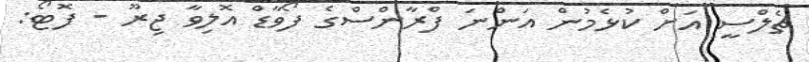
ޗެލްސީ އަށް ކުޅެމުން އަންނަ ފްރާންސްގެ ފޯވާޑް އޮލިވާ ޖިރޫ - ފޮޓޯ: